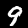
Digit: 9